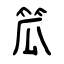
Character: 笟